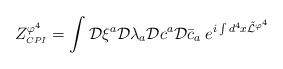
LaTeX: \begin{align*}\displaystyle Z^{\varphi^4}_{\scriptscriptstyle CPI}=\int {\cal{D}}\xi^a{\cal{D}}\lambda_a{\cal{D}}c^a{\cal{D}}\bar{c}_a \;e^{i\int d^4x\tilde{\cal{L}}^{\varphi^4}} \end{align*}